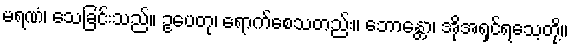
မရဏံ၊ သေခြင်းသည်။ ဥပေတု၊ ရောက်စေသတည်း။ ဘောန္တော၊ အိုအရှင်ရသေ့တို့။